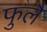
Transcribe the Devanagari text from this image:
फुलै